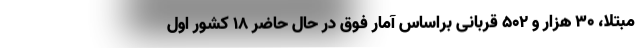
مبتلا، ۳۰ هزار و ۵۰۲ قربانی براساس آمار فوق در حال حاضر ۱۸ کشور اول